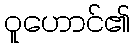
ဝူဟောင်၏